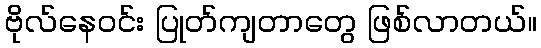
ဗိုလ်နေဝင်း ပြုတ်ကျတာတွေ ဖြစ်လာတယ်။